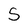
Character: S